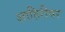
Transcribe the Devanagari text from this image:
शाहिरीवर